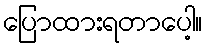
ပြောထားရတာပေါ့။